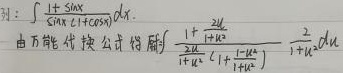
例：由万能代换公式，对于\(\int\frac{1 + \sin x}{\sin x(1 + \cos x)}dx\)，得解\(\int\frac{1 + \frac{2u}{1 + u^{2}}}{\frac{2u}{1 + u^{2}}(1 + \frac{1 - u^{2}}{1 + u^{2}})}\cdot\frac{2}{1 + u^{2}}du\)